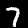
Digit: 7